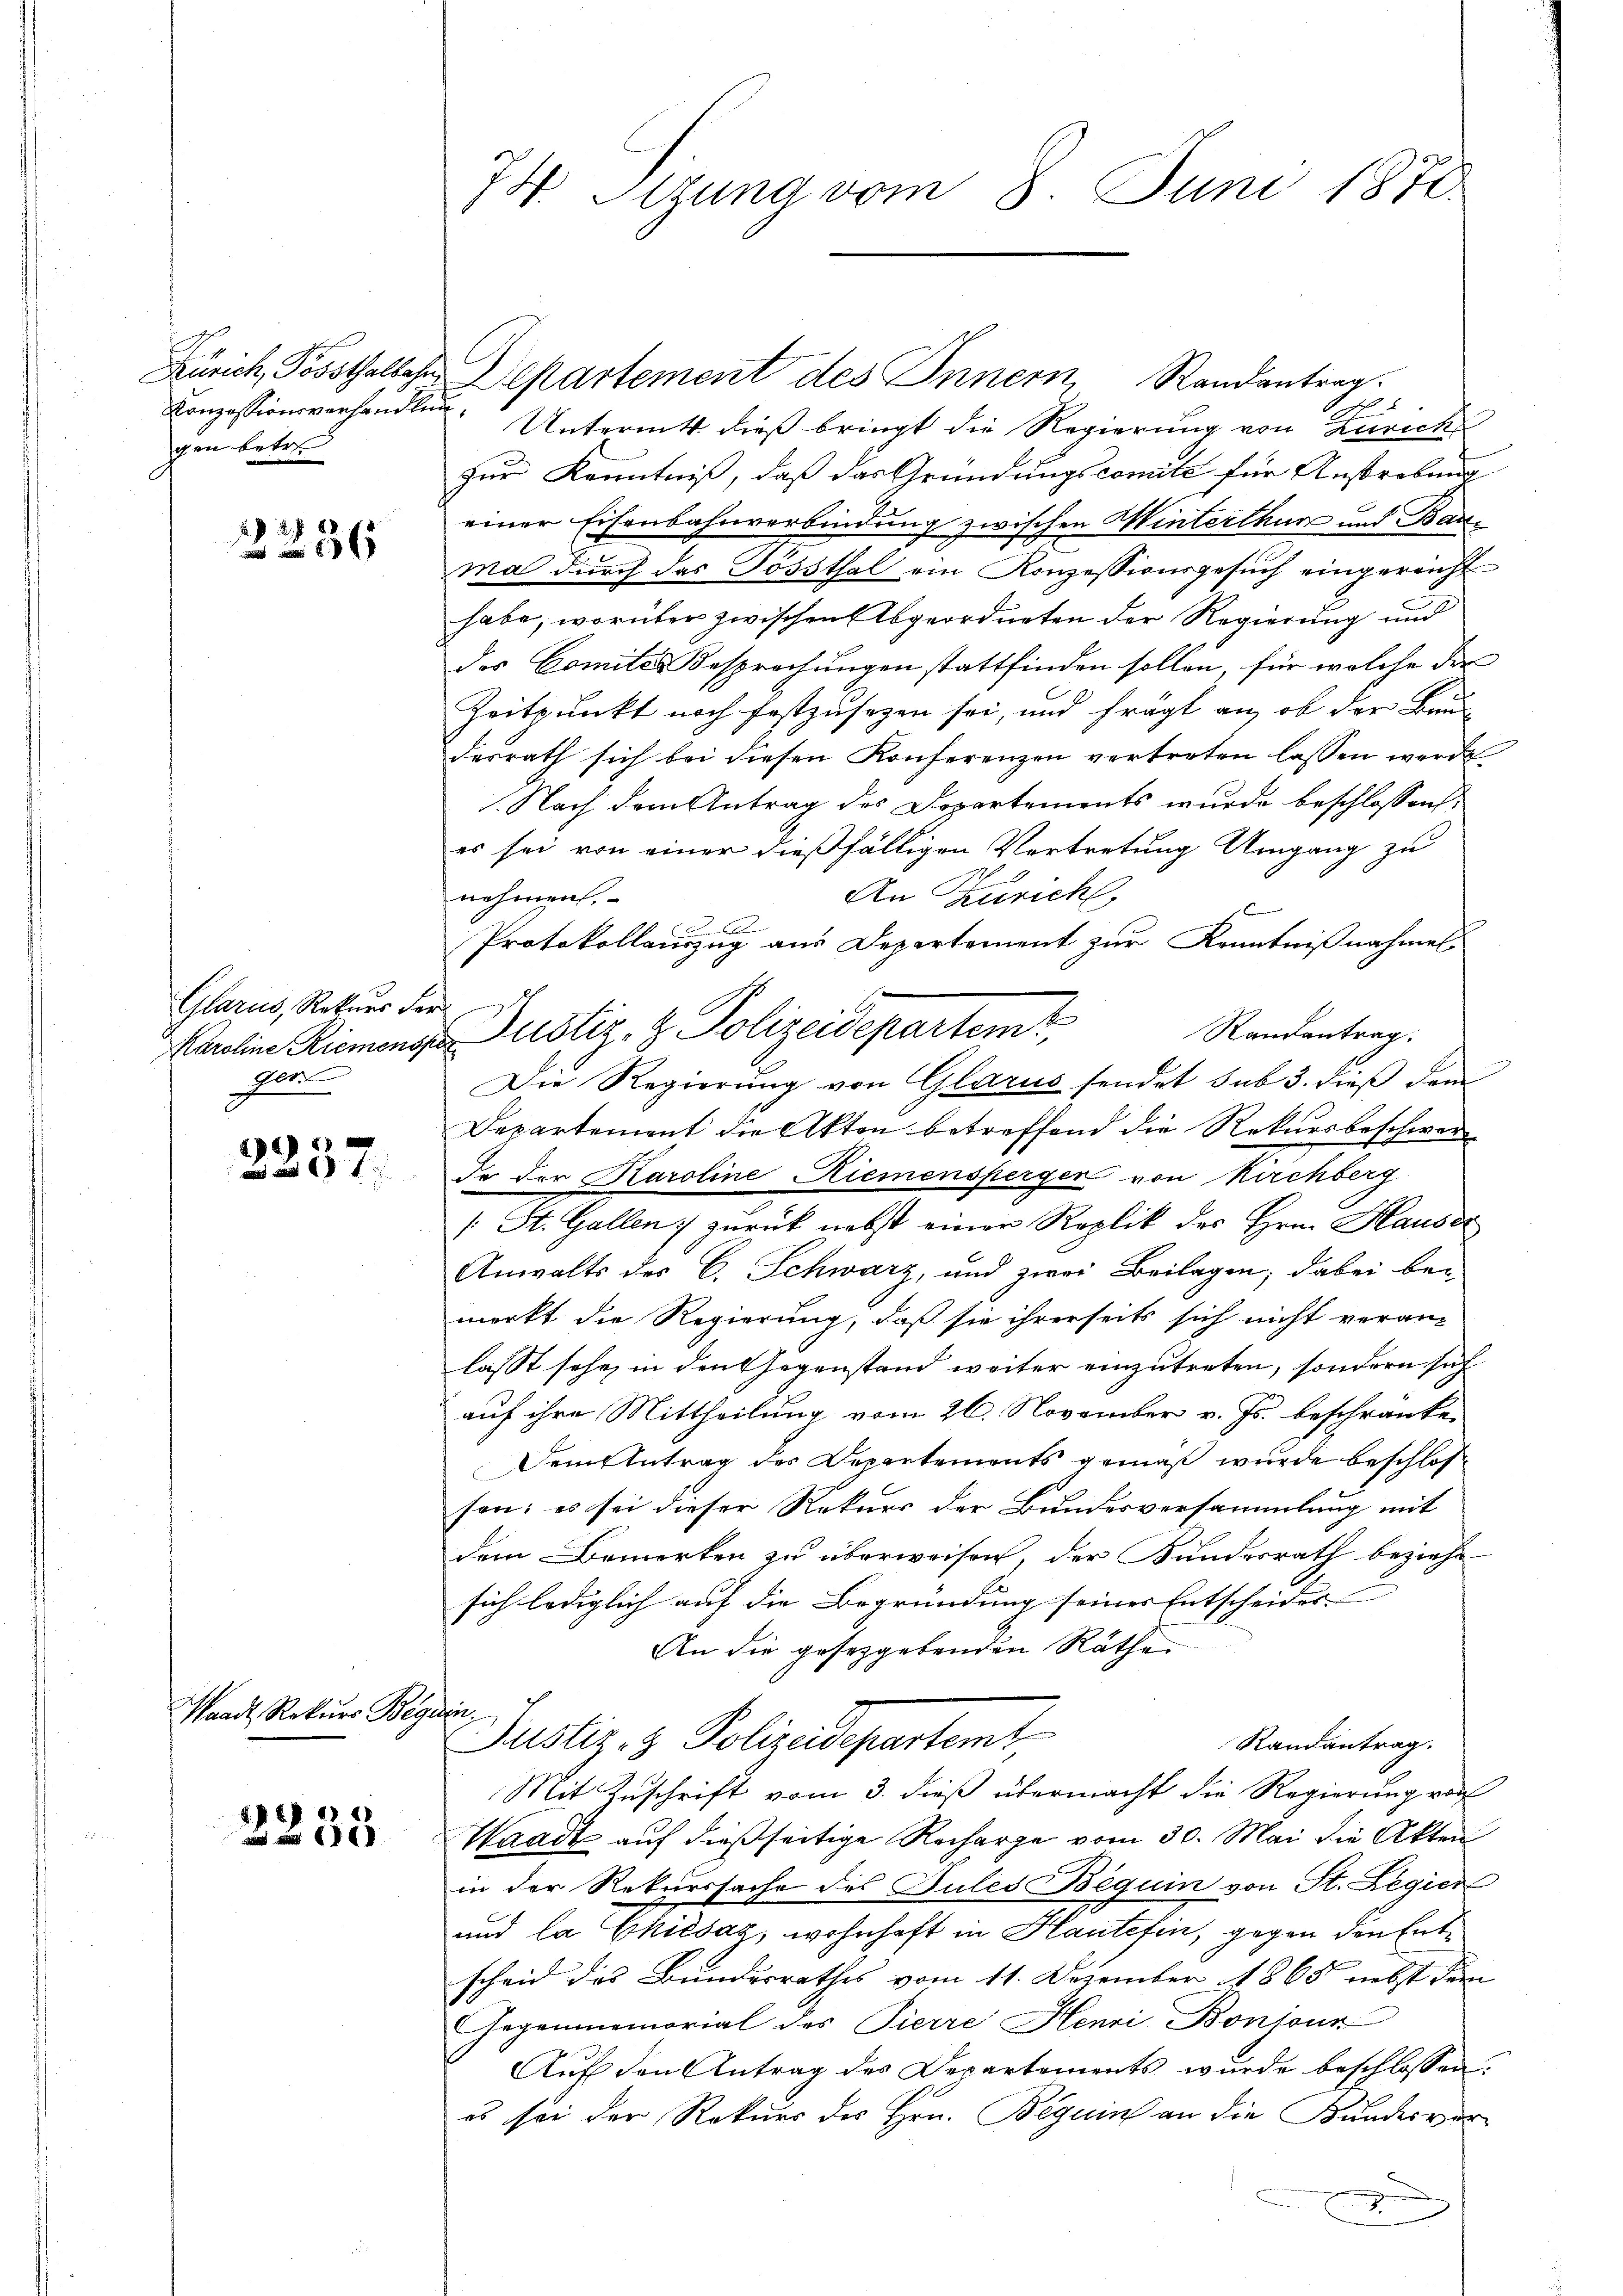
Conzessionsverhandlung.
gen betre

2236

Glarus, Rekurs der
zn

2237.

saadt Rekurs Beguin,

EG 2
680

74. Sizung vom 8. Juni 1876

.
Untermitt dieß bringt die Regierung von Zürich
zur Kenntniß, daß das Gründungscomité für Anstrebung
einer Eisenbahnverbindung zwischen Winterthur und Bauma durch das Sössthal ein Konzessionsgesuch eingereicht
habe, worüber zwischen Abgeordneten der Regierung und
des Comités Besprechungen stattfinden sollen, für welche der
Zeitpunkt noch festzusezen sei, und frägt an, ob der Bau-
desrath sich bei diesen Konferenzen vertreten lassen werde
.Nach dem Antrag des Departements wurde beschlossen:
es sei von einer dießfälligen Vertretung Umgang zu
An Zürich,
nehmen,
1

B
Protokollauszug aus Departement zur Kenntnißnahmen
Randantrag.
Die Regierung von Glarus sendet sub 3. dieß dem¬
Departement die Akten betreffend die Rekursbeschwerde der Karoline Riemenspergen von Kirchberg
/: St. Gallen zurück nebst einer Replik des Hrn. Hauser
Anwalts des C. Schwarz, und zwei Beilagen; dabei be-
merkt die Regierung, daß sie ihrerseits sich nicht veran-
lasst sehr, in den Gegenstand weiter einzutreten, sondern sich
auf ihre Mittheilung vom 26. November v. Js. beschränken
Dem Antrag des Departements gemäß wurde beschlosson: es sei dieser Rekurs der Bundesversammlung mit
dem Bemerken zu überweisen, der Kundesrath beziehesich lediglich auf die Begründung seiner Entscheides |
An die gesetzgebenden Räthe
Justiz- & Polizeidepartemt
Randantrag.
Mit Zuschrift vom 3. dieß übermacht die Regierung von
Waadt auf dießseitige Recharge vom 30. Mai die Akten
in der Rekurssache des Gutes Beguin von St. Legier
und la Chiesaz, wohnhaft in Haute fin, gegen den Entscheid des Bundesrathes vom 11. Dezember 1865 nebst dem
Gegenmemorial des Pierre Henri Bonions
Aŭf den Antrag des Departements wurde beschlossen:
es sei der Rekurs des Hrn. Beguins an die Bundesvor-

Karoline Riemenge Justiz- & Polizeidepartem

Zürich, Posthallehre Departement des Innern, Randantrag